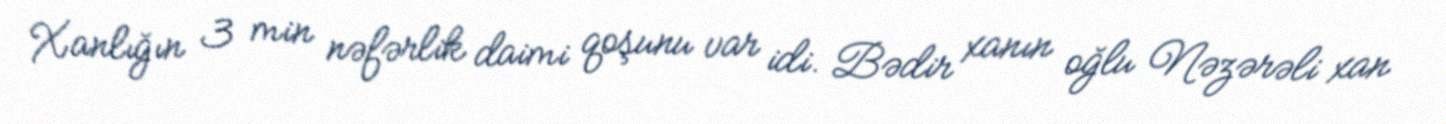
Xanlığın 3 min nəfərlik daimi qoşunu var idi. Bədir xanın oğlu Nəzərəli xan